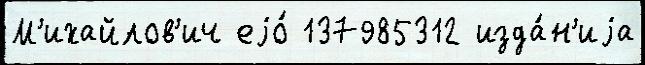
М'ихайлов'ич еjо́ 137985312 изда́н'иjа